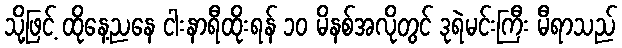
သို့ဖြင့် ထိုနေ့ညနေ ငါးနာရီထိုးရန် ၁၀ မိနစ်အလိုတွင် ဒုရဲမင်းကြီး မီရာသည်